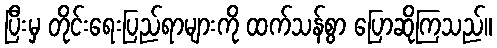
ပြီးမှ တိုင်းရေးပြည်ရာများကို ထက်သန်စွာ ပြောဆိုကြသည်။